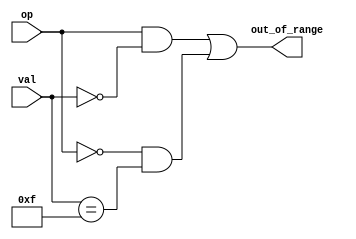
module check_range (val, op, out_of_range);
    input [3:0] val;
    input op;
    output out_of_range;
    assign out_of_range = (op == 1'b1 && val == 4'b0000) | (op == 1'b0 && val == 4'b1111);
endmodule